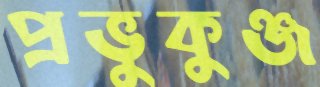
প্রভুকুঞ্জ